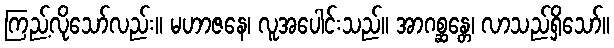
ကြည့်လိုသော်လည်း။ မဟာဇနေ၊ လူအပေါင်းသည်။ အာဂစ္ဆန္တေ၊ လာသည်ရှိသော်။